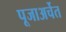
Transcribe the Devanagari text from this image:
पूजाअर्चेत